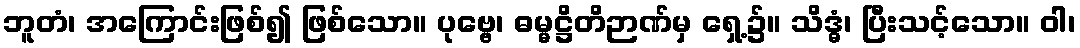
ဘူတံ၊ အကြောင်းဖြစ်၍ ဖြစ်သော။ ပုဗ္ဗေ၊ ဓမ္မဋ္ဌိတိဉာဏ်မှ ရှေ့၌။ သိဒ္ဓံ၊ ပြီးသင့်သော။ ဝါ၊